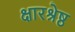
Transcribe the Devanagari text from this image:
क्षारश्रेष्ठ